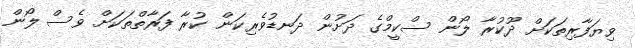
ވިޔަފާރިތަކަށް ދޫކުރާ ލޯން ސްކީމްގެ ދަށުން ދަނޑުވެރިކަން ކުރާ ފަރާތްތަކަށް ވެސް ލޯން